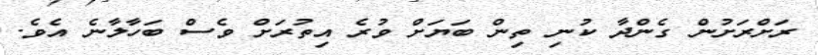
ރަށްރަށުން ގެންދާ ކުނި ތިން ބަޔަށް ވުރެ އިތުރަށް ވެސް ބަހާލާނެ އެވެ.